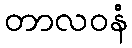
တာလဝနံ